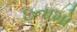
ઇનામો